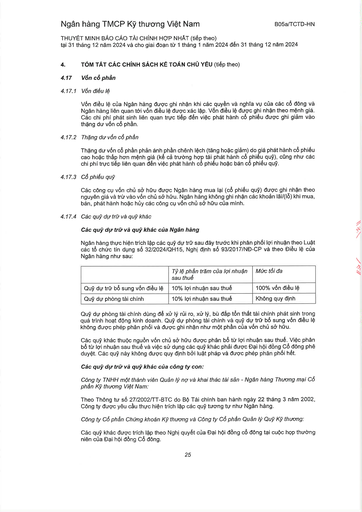
||Tỷ lệ phần trăm của lợi nhuận sau thuế|Mức tối đa| |---|---|---| |Quỹ dự trữ bổ sung vốn điều lệ|10% lợi nhuận sau thuế|100% vốn điều lệ| |Quỹ dự phòng tài chính|10% lợi nhuận sau thuế|Không quy định|